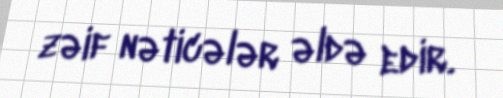
zəif nəticələr əldə edir.